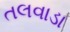
તલવાડા